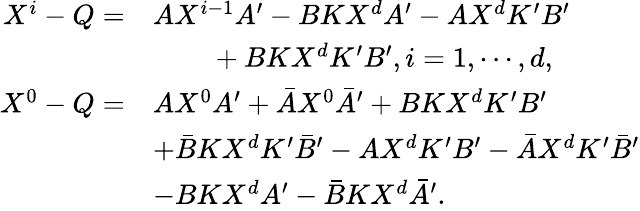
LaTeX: \begin{array}{rl}{X^{i}-Q=}&{AX^{i-1}A^{\prime}-BKX^{d}A^{\prime}-{A}X^{d}K^{\prime}B^{\prime}}\\ &{~~~~~~~~+{B}KX^{d}K^{\prime}{B}^{\prime},i=1,\cdots,d,}\\ {X^{0}-Q=}&{AX^{0}A^{\prime}+\bar{A}X^{0}\bar{A}^{\prime}+BKX^{d}K^{\prime}B^{\prime}}\\ &{+\bar{B}KX^{d}K^{\prime}\bar{B}^{\prime}-AX^{d}K^{\prime}B^{\prime}-\bar{A}X^{d}K^{\prime}\bar{B}^{\prime}}\\ &{-BK{X}^{d}A^{\prime}-\bar{B}K{X}^{d}\bar{A}^{\prime}.}\end{array}